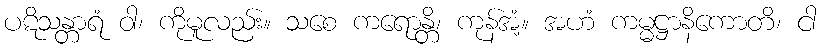
ပဋိသန္တာရံ ဝါ၊ ကိုမူလည်း။ သစေ ကရောန္တိ၊ ကုန်အံ့။ အဟံ ကမ္မဋ္ဌာနိကောတိ၊ ငါ